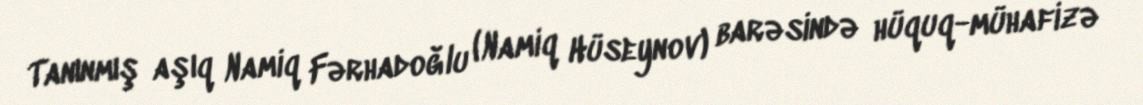
Tanınmış aşıq Namiq Fərhadoğlu (Namiq Hüseynov) barəsində hüquq-mühafizə